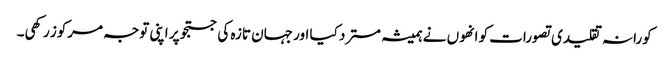
کورانہ تقلیدی تصورات کو انھوں نے ہمیشہ مسترد کیا اور جہان تازہ کی جستجو پر اپنی توجہ مرکوز رکھی۔